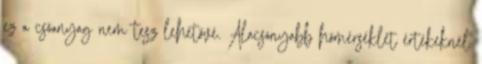
ez a csőanyag nem tesz lehetővé. Alacsonyabb hőmérséklet értékeknél